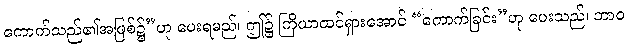
ကောက်သည်၏အဖြစ်၌”ဟု ပေးရမည်၊ ဤ၌ ကြိယာထင်ရှားအောင် “ကောက်ခြင်း”ဟု ပေးသည်၊ ဘာဝ